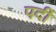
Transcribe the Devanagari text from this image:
पर्दी